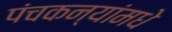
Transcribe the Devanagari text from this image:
पंचकन्यांमधे